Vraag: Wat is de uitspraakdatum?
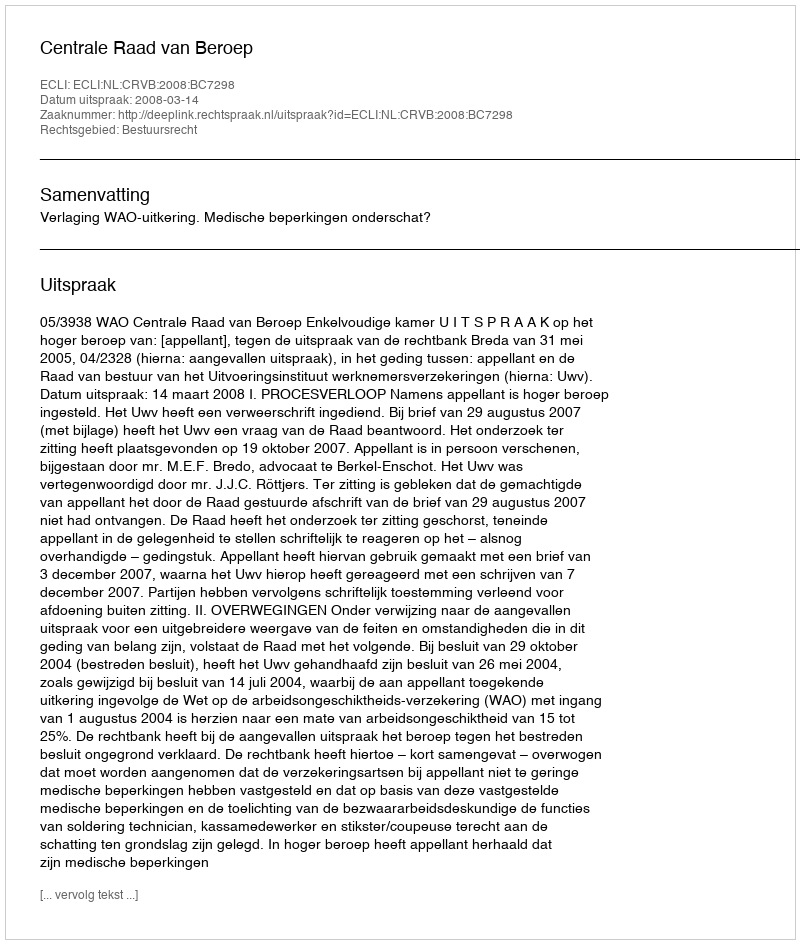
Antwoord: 2008-03-14